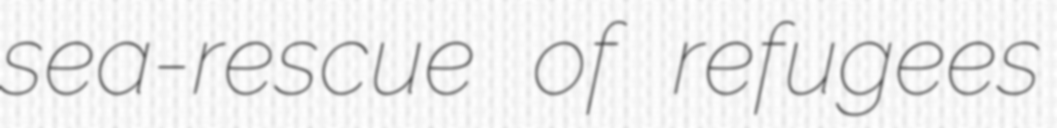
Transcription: sea-rescue of refugees